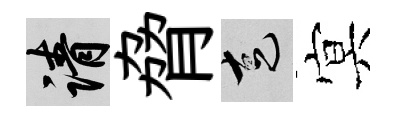
請脅走㝠